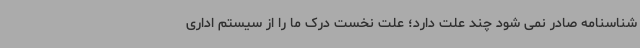
شناسنامه صادر نمی شود چند علت دارد؛ علت نخست درک ما را از سیستم اداری